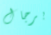
برجال